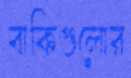
বাকিগুলোর